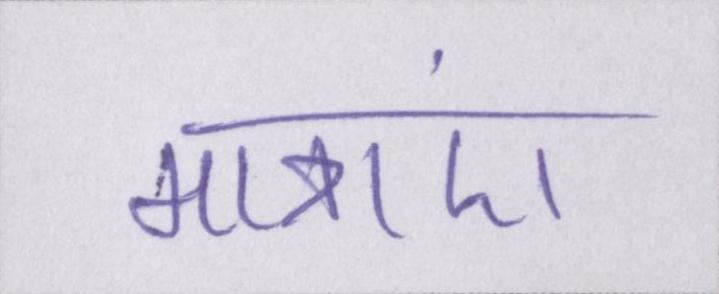
मात्राएं